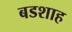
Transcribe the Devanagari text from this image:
बडशाह